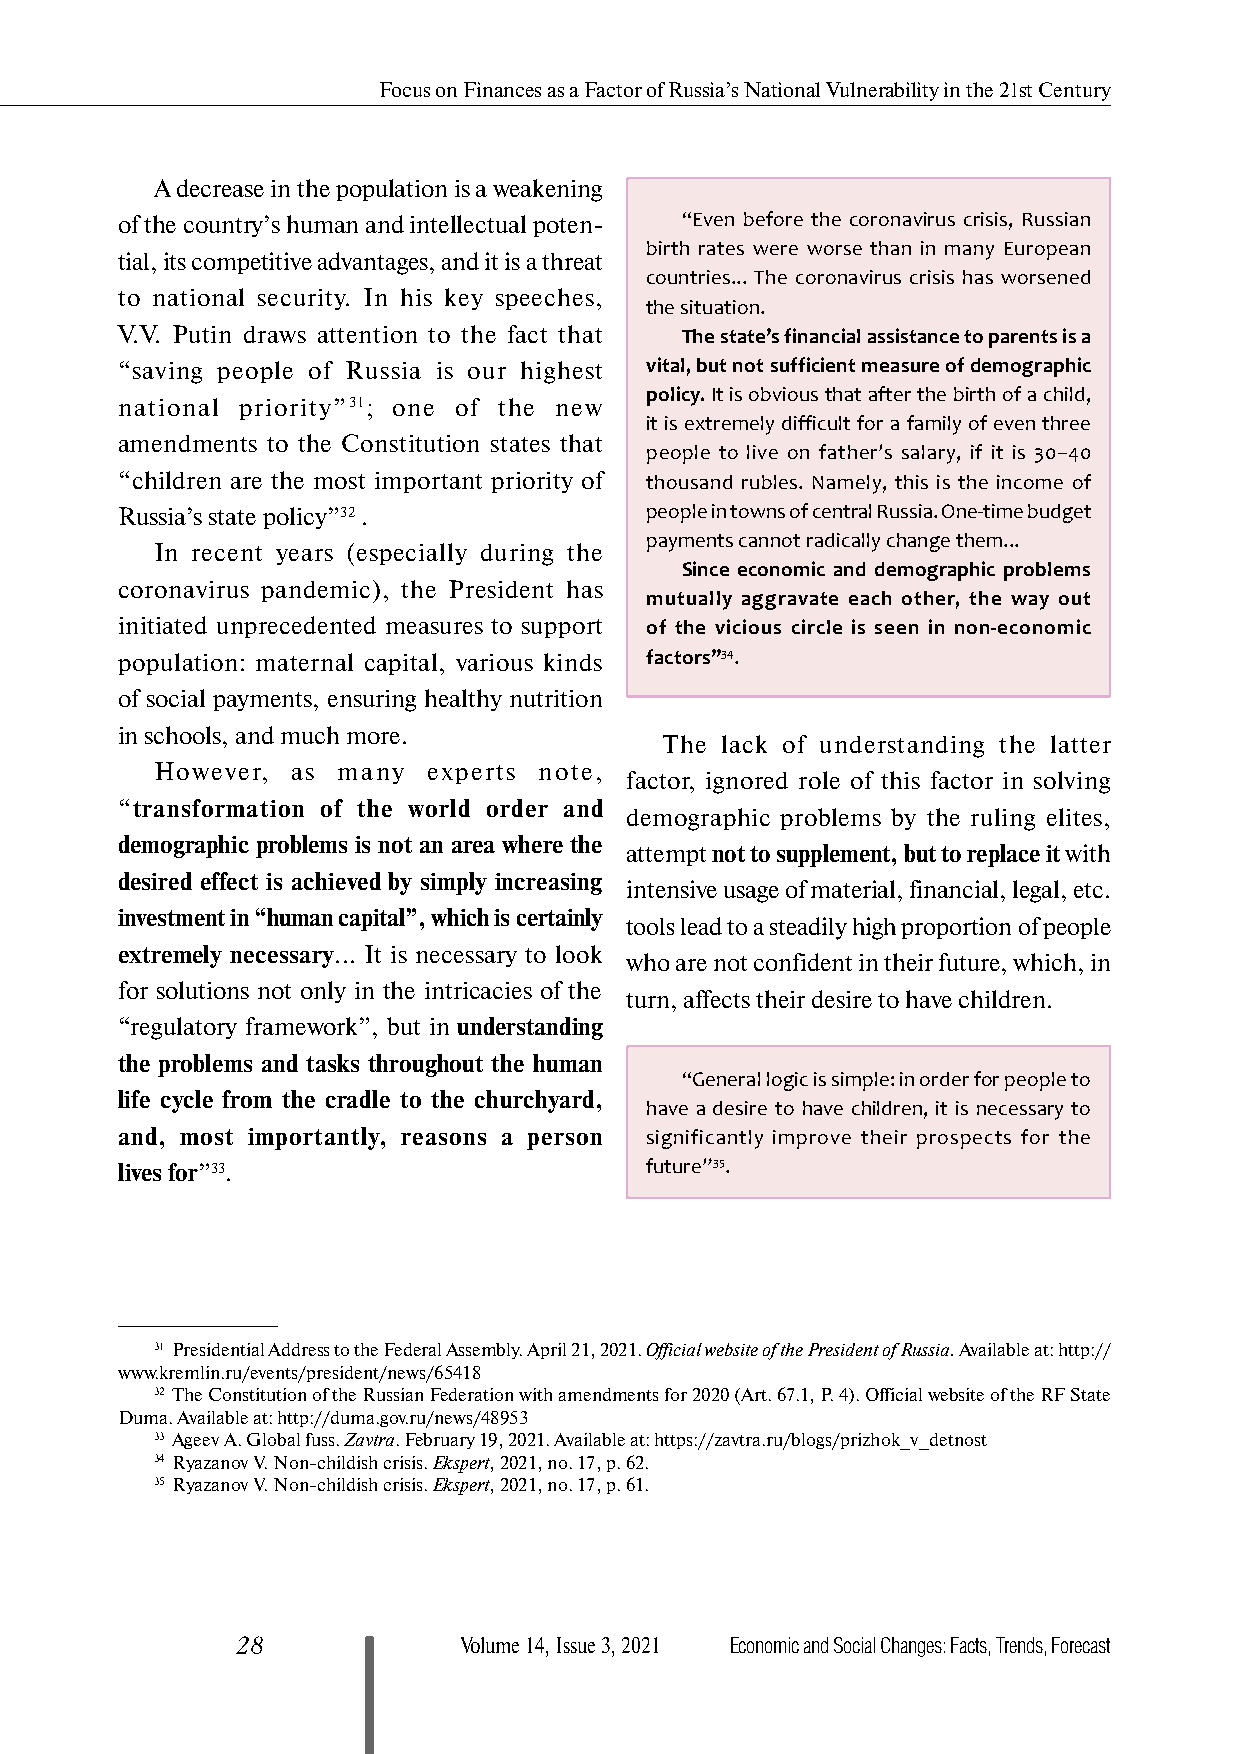
Focus on Finances as a Factor of Russia’s National Vulnerability in the 21st Century
 A decrease in the population is a weakening
 of the country’s human and intellectual poten- “Even before the coronavirus crisis, Russian
 birth rates were worse than in many European
 tial, its competitive advantages, and it is a threat
 countries... The coronavirus crisis has worsened
 to national security. In his key speeches,
 the situation.
 V.V. Putin draws attention to the fact that The state’s financial assistance to parents is a
 “saving people of Russia is our highest vital, but not sufficient measure of demographic
 policy. It is obvious that after the birth of a child,
 national priority”31; one of the new
 it is extremely difficult for a family of even three
 amendments to the Constitution states that
 people to live on father’s salary, if it is 30–40
 “children are the most important priority of thousand rubles. Namely, this is the income of
 Russia’s state policy”32 .         people in towns of central Russia. One-time budget
 payments cannot radically change them...
 In recent years (especially during the
 Since economic and demographic problems
 coronavirus pandemic), the President has
 mutually aggravate each other, the way out
 initiated unprecedented measures to support of the vicious circle is seen in non-economic
 population: maternal capital, various kinds factors”34.
 of social payments, ensuring healthy nutrition
 in schools, and much more.
 The lack of understanding the latter
 However, as many  experts note,
 factor, ignored role of this factor in solving
 “transformation of the world order and
 demographic problems by the ruling elites,
 demographic problems is not an area where the
 attempt not to supplement, but to replace it with
 desired effect is achieved by simply increasing
 intensive usage of material, financial, legal, etc.
 investment in “human capital”, which is certainly
 tools lead to a steadily high proportion of people
 extremely necessary... It is necessary to look
 who are not confident in their future, which, in
 for solutions not only in the intricacies of the
 turn, affects their desire to have children.
 “regulatory framework”, but in understanding
 the problems and tasks throughout the human
 “General logic is simple: in order for people to
 life cycle from the cradle to the churchyard,
 have a desire to have children, it is necessary to
 and, most importantly, reasons a person significantly improve their prospects for the
 lives for”33.                      future”35.
 31 Presidential Address to the Federal Assembly. April 21, 2021. Official website of the President of Russia. Available at: http://
 www.kremlin.ru/events/president/news/65418
 32 The Constitution of the Russian Federation with amendments for 2020 (Art. 67.1, P. 4). Official website of the RF State
 Duma. Available at: http://duma.gov.ru/news/48953
 33 Ageev A. Global fuss. Zavtra. February 19, 2021. Available at: https://zavtra.ru/blogs/prizhok_v_detnost
 34 Ryazanov V. Non-childish crisis. Ekspert, 2021, no. 17, p. 62.
 35 Ryazanov V. Non-childish crisis. Ekspert, 2021, no. 17, p. 61.
 28            Volume 14, Issue 3, 2021 Economic and Social Changes: Facts, Trends, Forecast